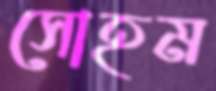
সোহম